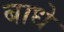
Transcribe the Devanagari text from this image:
बाधे